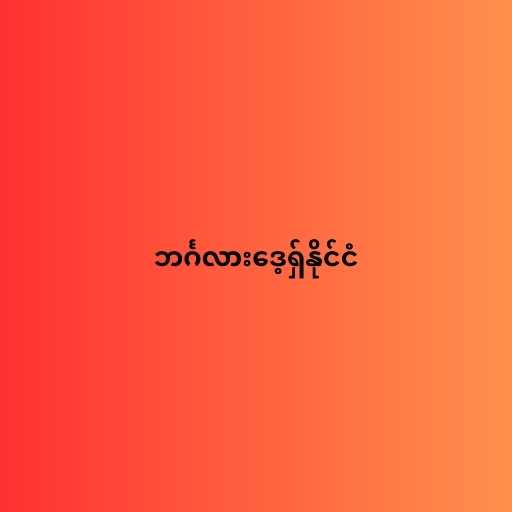
ဘင်္ဂလားဒေ့ရှ်နိုင်ငံ